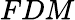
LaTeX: FDM